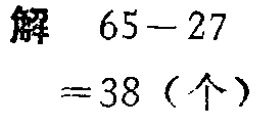
解 \(65 - 27\)
\(= 38\)（个）